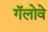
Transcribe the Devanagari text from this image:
गॅलोवे